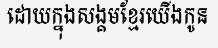
ដោយក្នុងសង្គមខ្មែរយើងកូន